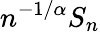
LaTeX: n^{-1/\alpha}S_{n}